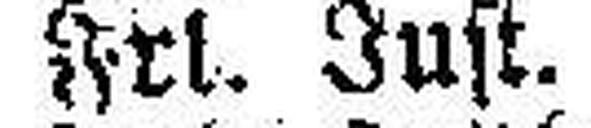
Frl. Just.